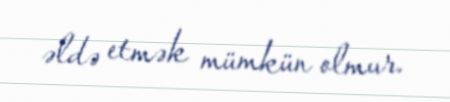
əldə etmək mümkün olmur.